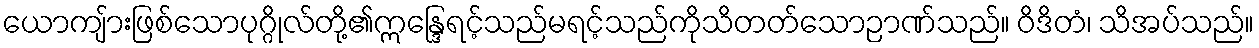
ယောကျ်ားဖြစ်သောပုဂ္ဂိုလ်တို့၏ဣန္ဒြေရင့်သည်မရင့်သည်ကိုသိတတ်သောဉာဏ်သည်။ ဝိဒိတံ၊ သိအပ်သည်။